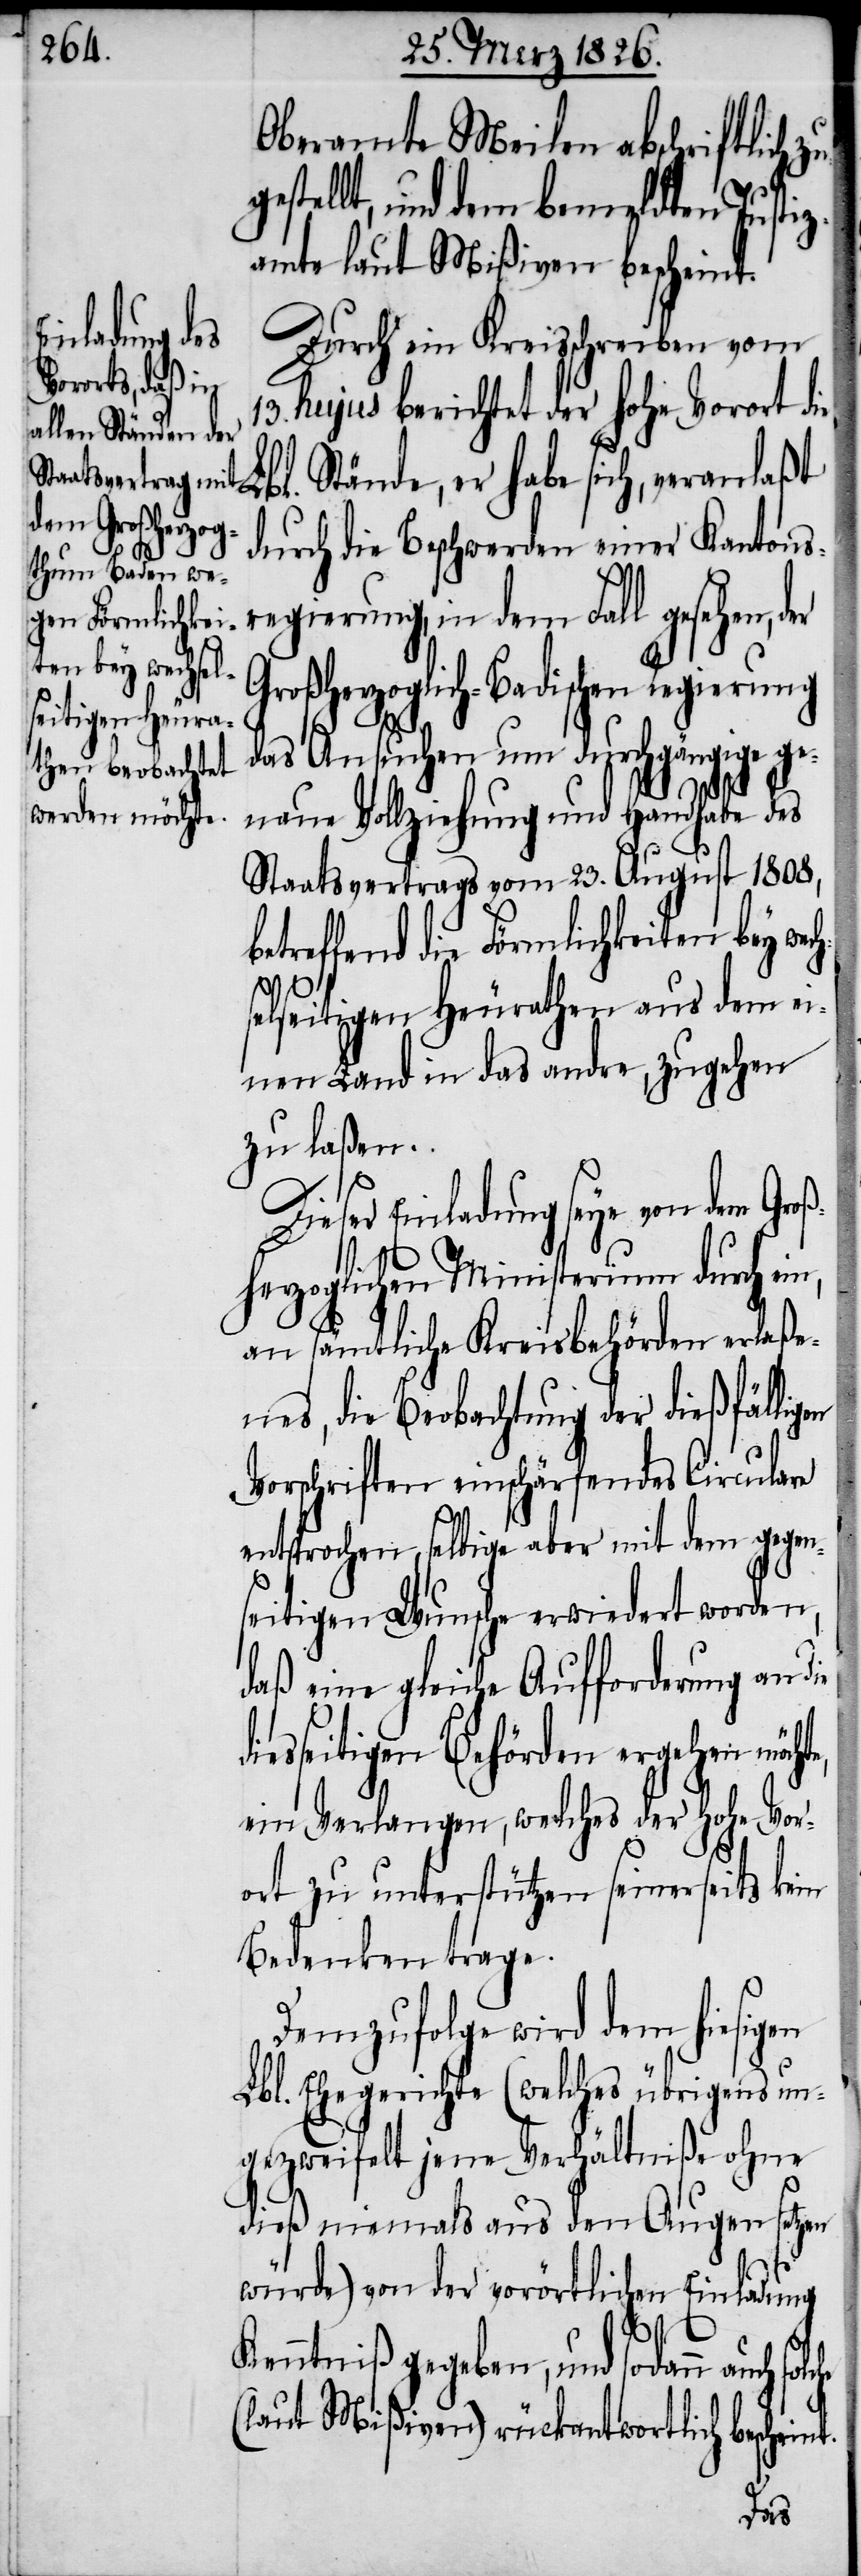
Oberamte Meilen abschriftlich
estellt, und dem bemeldten Justiz¬
amte laut Mißiven bescheint.
Durch ein Kreisschreiben vom
13. hujus berichtet der hohe Vorort
die Lbl. Stände, er habe sich, veranlaßt
durch die Beschwerden einer Kantons¬
regierung, in dem Fall gesehen,
Großherzoglich-Badischen Regierung
das Ansuchen um durchgängige ge¬
nt.
naue Vollziehung und Handhabe des
Staatsvertrags vom 23. August 1808,
reffend die Förmlichkeiten bey wec¬
elseitigen Heurathen aus dem ei¬
nen Land in das andre, zugehen
zu laßen.
Dieser Einladung seye von dem Groß¬
herzoglichen Ministerium durch ei¬
an sämtliche Kreisbehörden erlaße¬
nes, die Beobachtung der dießfällig¬
Vorschriften einschärfendes Circulare
entsprochen, selbige aber mit dem gegen¬
seitigen Wunsche erwiedert worden,
daß eine gleiche Aufforderung an die
iesseitigen Behörden ergehen möch¬
ein Verlangen, welches der hohe Vor¬
ort zu unterstützen seinerseits kein
Bedenken trage.
Demzufolge wird dem hiesigen
Lbl. Ehegerichte (welches übrigens un¬
gezweifelt jene Verhältniße ohne
dieß niemals aus den Augen setzen
würde) von der vorörtlichen Einladung
Kenntniß gegeben, und sodann auch solche
(laut Mißiven) rückantwortlich beschei¬